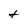
Character: t